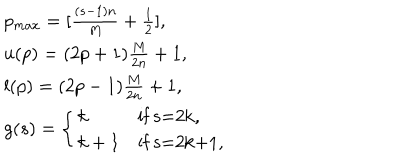
\begin{array} { l } { { p _ { m a x } = [ \frac { ( s - 1 ) n } { M } + \frac { 1 } { 2 } ] , } } \\ { { u ( p ) = ( 2 p + 1 ) \frac { M } { 2 n } + 1 , } } \\ { { l ( p ) = ( 2 p - 1 ) \frac { M } { 2 n } + 1 , } } \\ { { g ( s ) = \left\{ \begin{array} { l l } { { k } } & { { \mathrm { i f ~ s = 2 k , } } } \\ { { k + 1 } } & { { \mathrm { i f ~ s = 2 k + 1 , } } } \\ \end{array} \right. } } \\ \end{array}